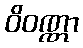
ဝိဝဏ္ဏာ